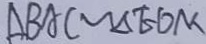
\Delta B A C \sim \Delta E D M